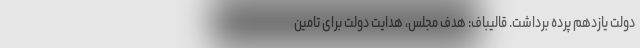
دولت یازدهم پرده برداشت. قالیباف: هدف مجلس، هدایت دولت برای تامین